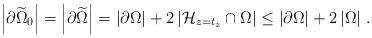
LaTeX: \begin{align*}\left|\partial \widetilde{\Omega}_0\right|=\left|\partial \widetilde{\Omega}\right|= \left|\partial \Omega\right|+2\left|\mathcal{H}_{z=t_z}\cap \Omega\right| \le \left|\partial \Omega\right|+2\left|\Omega\right|\,.\end{align*}